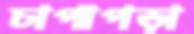
চাপাপড়া